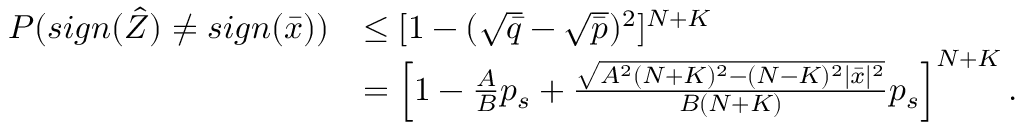
\begin{array} { r l } { P ( s i g n ( \hat { Z } ) \neq s i g n ( \Bar { x } ) ) } & { \leq [ 1 - ( \sqrt { \Bar { q } } - \sqrt { \Bar { p } } ) ^ { 2 } ] ^ { N + K } } \\ & { = \left[ 1 - \frac { A } { B } p _ { s } + \frac { \sqrt { A ^ { 2 } ( N + K ) ^ { 2 } - ( N - K ) ^ { 2 } | \Bar { x } | ^ { 2 } } } { B ( N + K ) } p _ { s } \right] ^ { N + K } . } \end{array}